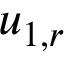
u _ { 1 , r }